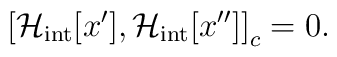
\left[ {{\cal H}_{\rm int}[x'],{\cal H}_{\rm int}[x'']} \right]_c=0.